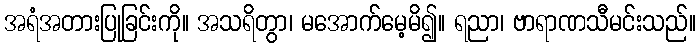
အရံအတားပြုခြင်းကို။ အသရိတွာ၊ မအောက်မေ့မိ၍။ ရညာ၊ ဗာရာဏသီမင်းသည်။